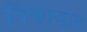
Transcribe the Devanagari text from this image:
निकायज़